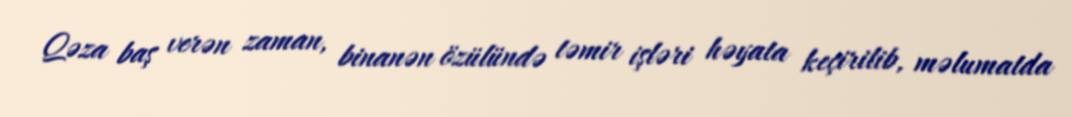
Qəza baş verən zaman, binanən özülündə təmir işləri həyata keçirilib, məlumatda